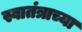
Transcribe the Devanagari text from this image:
स्वातंत्राच्या